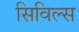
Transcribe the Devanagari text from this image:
सिविल्स